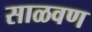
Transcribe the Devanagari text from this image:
साळवण